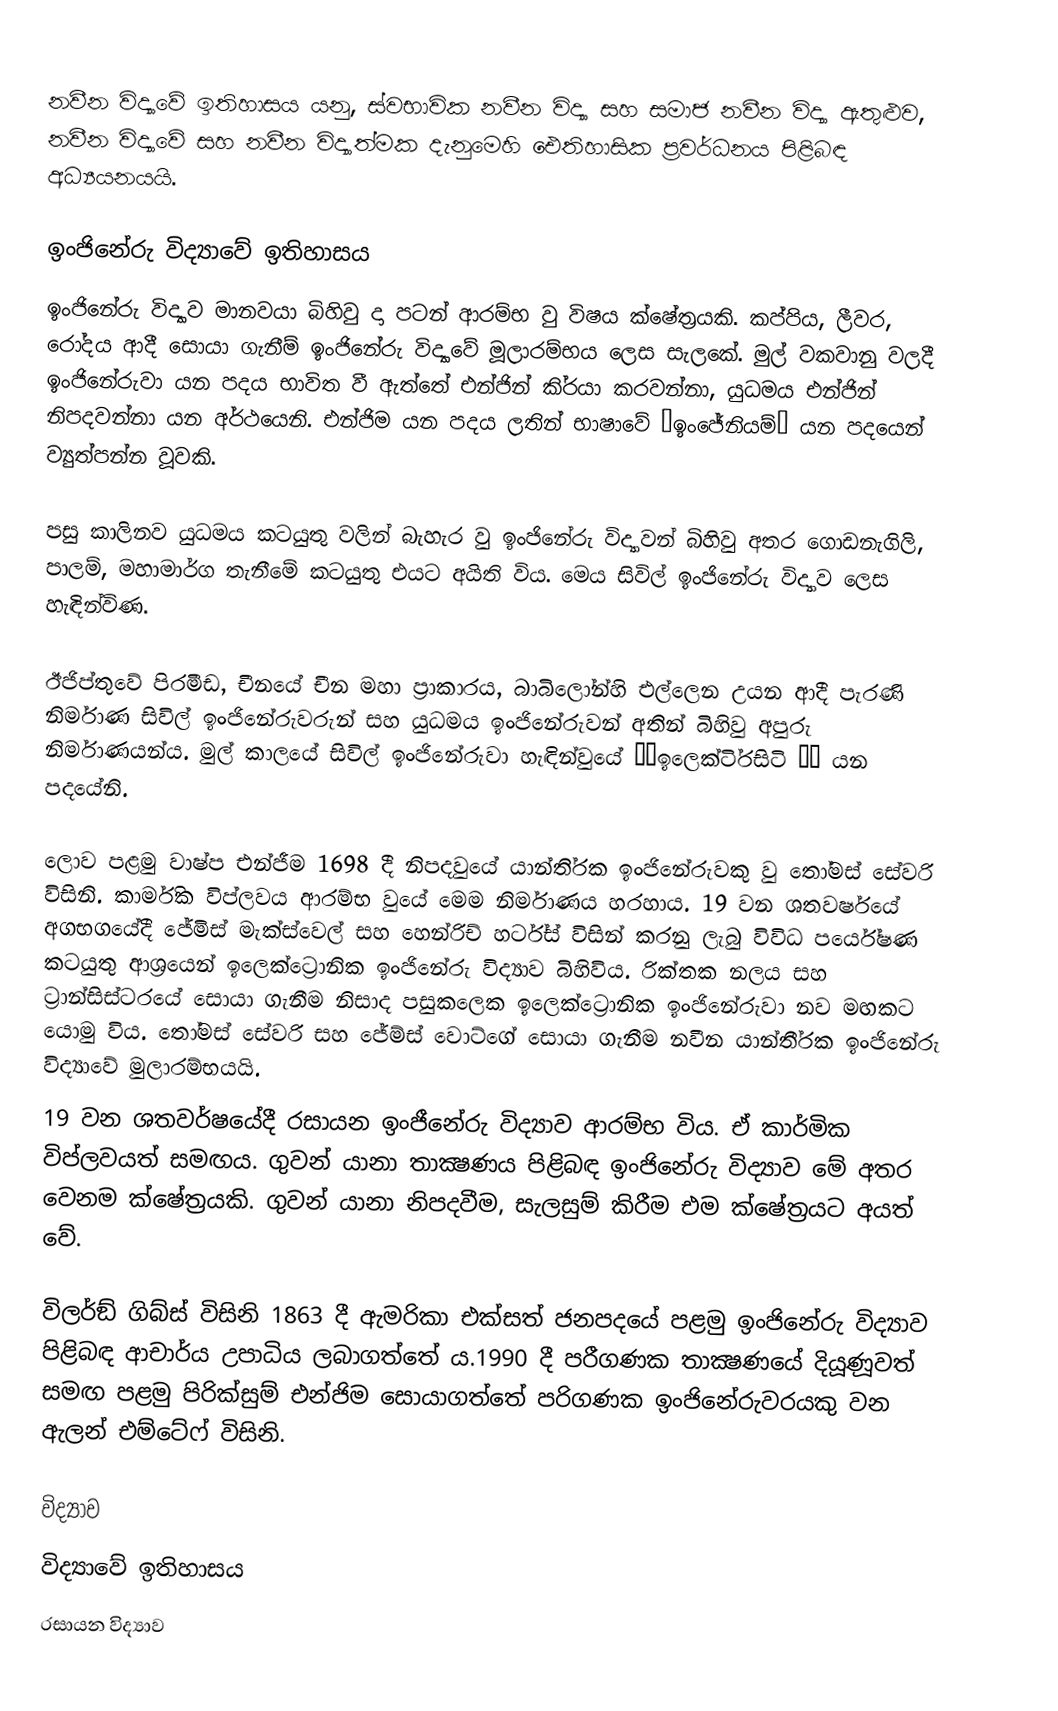
නවීන විද්‍යාවේ ඉතිහාසය යනු, ස්වභාවික නවීන විද්‍යා සහ සමාජ නවීන විද්‍යා ඇතුළුව, නවීන විද්‍යාවේ සහ නවීන විද්‍යාත්මක දැනුමෙහි ඓතිහාසික ප්‍රවර්ධනය පිළිබඳ අධ්‍යයනයයි.

ඉංජිනේරු විද්‍යාවේ ඉතිහාසය
ඉංජිනේරු විද්‍යාව මානවයා බිහිවු දා පටන් ආරම්භ වු විෂය ක්ෂේත‍්‍රයකි. කප්පිය, ලීවර, රෝදය ආදී සොයා ගැනීම් ඉංජිනේරු විද්‍යාවේ මූලාරම්භය ලෙස සැලකේ. මුල් වකවානු වලදී ඉංජිනේරුවා යන පදය භාවිත වී ඇත්තේ එන්ජින් කි‍්‍රයා කරවන්නා, යුධමය එන්ජින් නිපදවන්නා යන අර්ථයෙනි. එන්ජිම යන පදය ලතින් භාෂාවේ ”ඉංජේනියම්” යන පදයෙන් ව්‍යුත්පන්න වූවකි.

පසු කාලිනව යුධමය කටයුතු වලින් බැහැර වු ඉංජිනේරු විද්‍යාවන් බිහිවු අතර ගොඩනැගිලි, පාලම්, මහාමාර්ග තැනීමේ කටයුතු එයට අයිති විය. මෙය සිවිල් ඉංජිනේරු විද්‍යාව ලෙස හැඳින්විණ.

ඊජිප්තුවේ පිරමීඩ, චීනයේ චීන මහා ප‍්‍රාකාරය, බාබිලෝන්හි එල්ලෙන උයන ආදී පැරණි නිර්මාණ සිවිල් ඉංජිනේරුවරුන් සහ යුධමය ඉංජිනේරුවන් අතින් බිහිවු අපුරු නිර්මාණයන්ය. මුල් කාලයේ සිවිල් ඉංජිනේරුවා හැඳින්වුයේ ‘‘ඉලෙක්ටි‍්‍රසිටි ’’ යන පදයේනි.

ලොව පළමු වාෂ්ප එන්ජීම 1698 දී නිපදවුයේ යාන්ති‍්‍රක ඉංජිනේරුවකු වු තෝමස් සේවරි විසිනි. කාර්මික විප්ලවය ආරම්භ වුයේ මෙම නිර්මාණය හරහාය. 19 වන ශතවර්ෂයේ අගභගයේදී ජේමිස් මැක්ස්වෙල් සහ හෙන්රිච් හර්ට්ස් විසින් කරනු ලැබු විවිධ පර්යේෂණ කටයුතු ආශ‍්‍රයෙන් ඉලෙක්ට්‍රොනික ඉංජිනේරු විද්‍යාව බිහිවිය. රික්තක නලය සහ ට‍්‍රාන්සිස්ටරයේ සොයා ගැනීම නිසාද පසුකලෙක ඉලෙක්ට්‍රොනික ඉංජිනේරුවා නව මඟකට යොමු විය. තෝමස් සේවරි සහ ජේම්ස් වොට්ගේ සොයා ගැනීම නවීන යාන්තී‍්‍රක ඉංජිනේරු විද්‍යාවේ මුලාරම්භයයි.
19 වන ශතවර්ෂයේදී රසායන ඉංජීනේරු විද්‍යාව ආරම්භ විය. ඒ කාර්මික විප්ලවයත් සමඟය. ගුවන් යානා තාක්‍ෂණය පිළිබඳ ඉංජිනේරු විද්‍යාව මේ අතර වෙනම ක්ෂේත‍්‍රයකි. ගුවන් යානා නිපදවීම, සැලසුම් කිරීම එම ක්ෂේත‍්‍රයට අයත් වේ.

විලර්ඞ් ගිබ්ස් විසිනි 1863 දී ඇමරිකා එක්සත් ජනපදයේ පළමු ඉංජිනේරු විද්‍යාව පිළිබඳ ආචාර්ය උපාධිය ලබාගත්තේ ය.1990 දී පරීගණක තාක්‍ෂණයේ දියූණූවත් සමඟ පළමු පිරික්සුම් එන්ජිම සොයාගත්තේ පරිගණක ඉංජිනේරුවරයකු වන ඇලන් එම්ටේෆ් විසිනි.

විද්‍යාව
විද්‍යා‍වේ ඉතිහාසය
රසායන විද්‍යාව